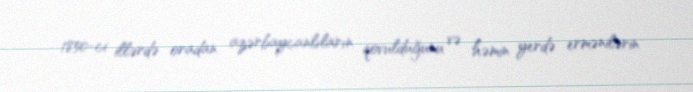
1850-ci illərdə oradan azərbaycanlıların qovulduğunu və həmin yerdə ermənilərin